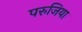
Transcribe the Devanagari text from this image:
परुजिया